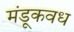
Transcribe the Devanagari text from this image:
मंडूकवध